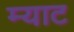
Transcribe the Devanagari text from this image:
म्याट